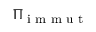
\Pi _ { \textup { i m m u t } }